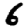
Digit: 6